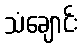
သံချောင်း